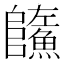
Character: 𩼐